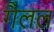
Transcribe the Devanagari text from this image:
गैलल